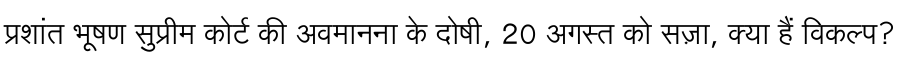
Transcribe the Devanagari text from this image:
प्रशांत भूषण सुप्रीम कोर्ट की अवमानना के दोषी, 20 अगस्त को सज़ा, क्या हैं विकल्प?